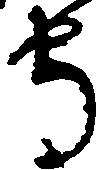
守